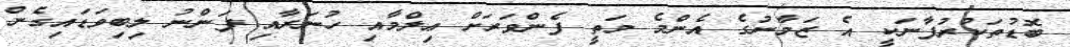
ބޮޑުތަކުރުފާނަކީ އެ ޒަމާނުގެ އެންމެ މަތީ ފެންވަރަށް ޢިލްމާއި ހުނަރާއި ފަންނު ލިބިވަޑައިގެން